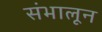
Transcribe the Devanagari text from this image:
संभालून